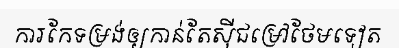
ការកែទម្រង់ឲ្យកាន់តែស៊ីជម្រៅថែមទៀត